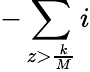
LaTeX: -\sum\limits_{z>\frac{k}{M}}i